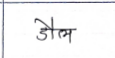
मजकूर: डौल